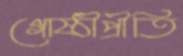
গোষ্ঠীপ্রীতি